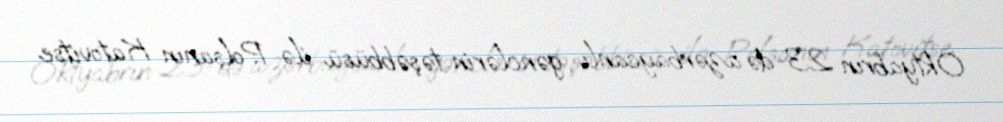
Oktyabrın 23-də azərbaycanlı gənclərin təşəbbüsü ilə Polşanın Katovitse